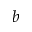
b